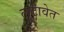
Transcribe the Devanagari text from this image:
लुटावेत